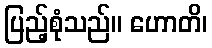
ပြည့်စုံသည်။ ဟောတိ၊